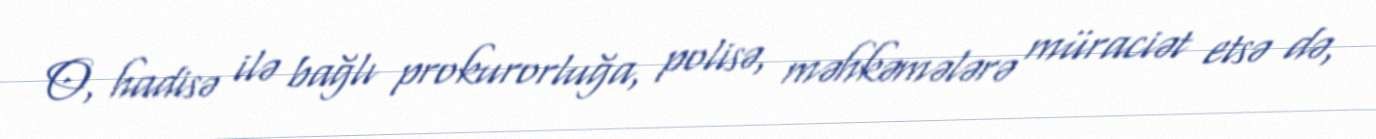
O, hadisə ilə bağlı prokurorluğa, polisə, məhkəmələrə müraciət etsə də,